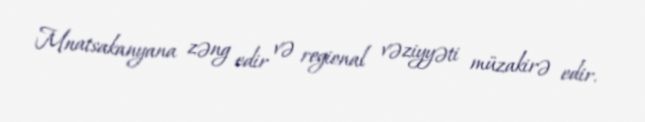
Mnatsakanyana zəng edir və regional vəziyyəti müzakirə edir.